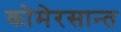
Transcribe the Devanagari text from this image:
कोमेरसान्त